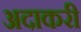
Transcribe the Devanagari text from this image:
अदाकरी